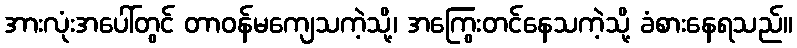
အားလုံးအပေါ်တွင် တာဝန်မကျေသကဲ့သို့၊ အကြွေးတင်နေသကဲ့သို့ ခံစားနေရသည်။